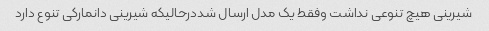
شیرینی هیچ تنوعی نداشت وفقط یک مدل ارسال شددرحالیکه شیرینی دانمارکی تنوع دارد